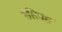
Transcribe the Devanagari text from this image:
रेसियस